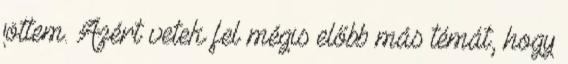
jöttem. Azért vetek fel mégis előbb más témát, hogy